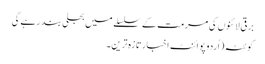
برقی لائنوں کی مرمت کے سلسلے میں بجلی بند رہے گی
کوئٹہ(اُردو پوائنٹ اخبارتازہ ترین۔